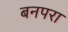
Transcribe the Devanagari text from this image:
बनपरा